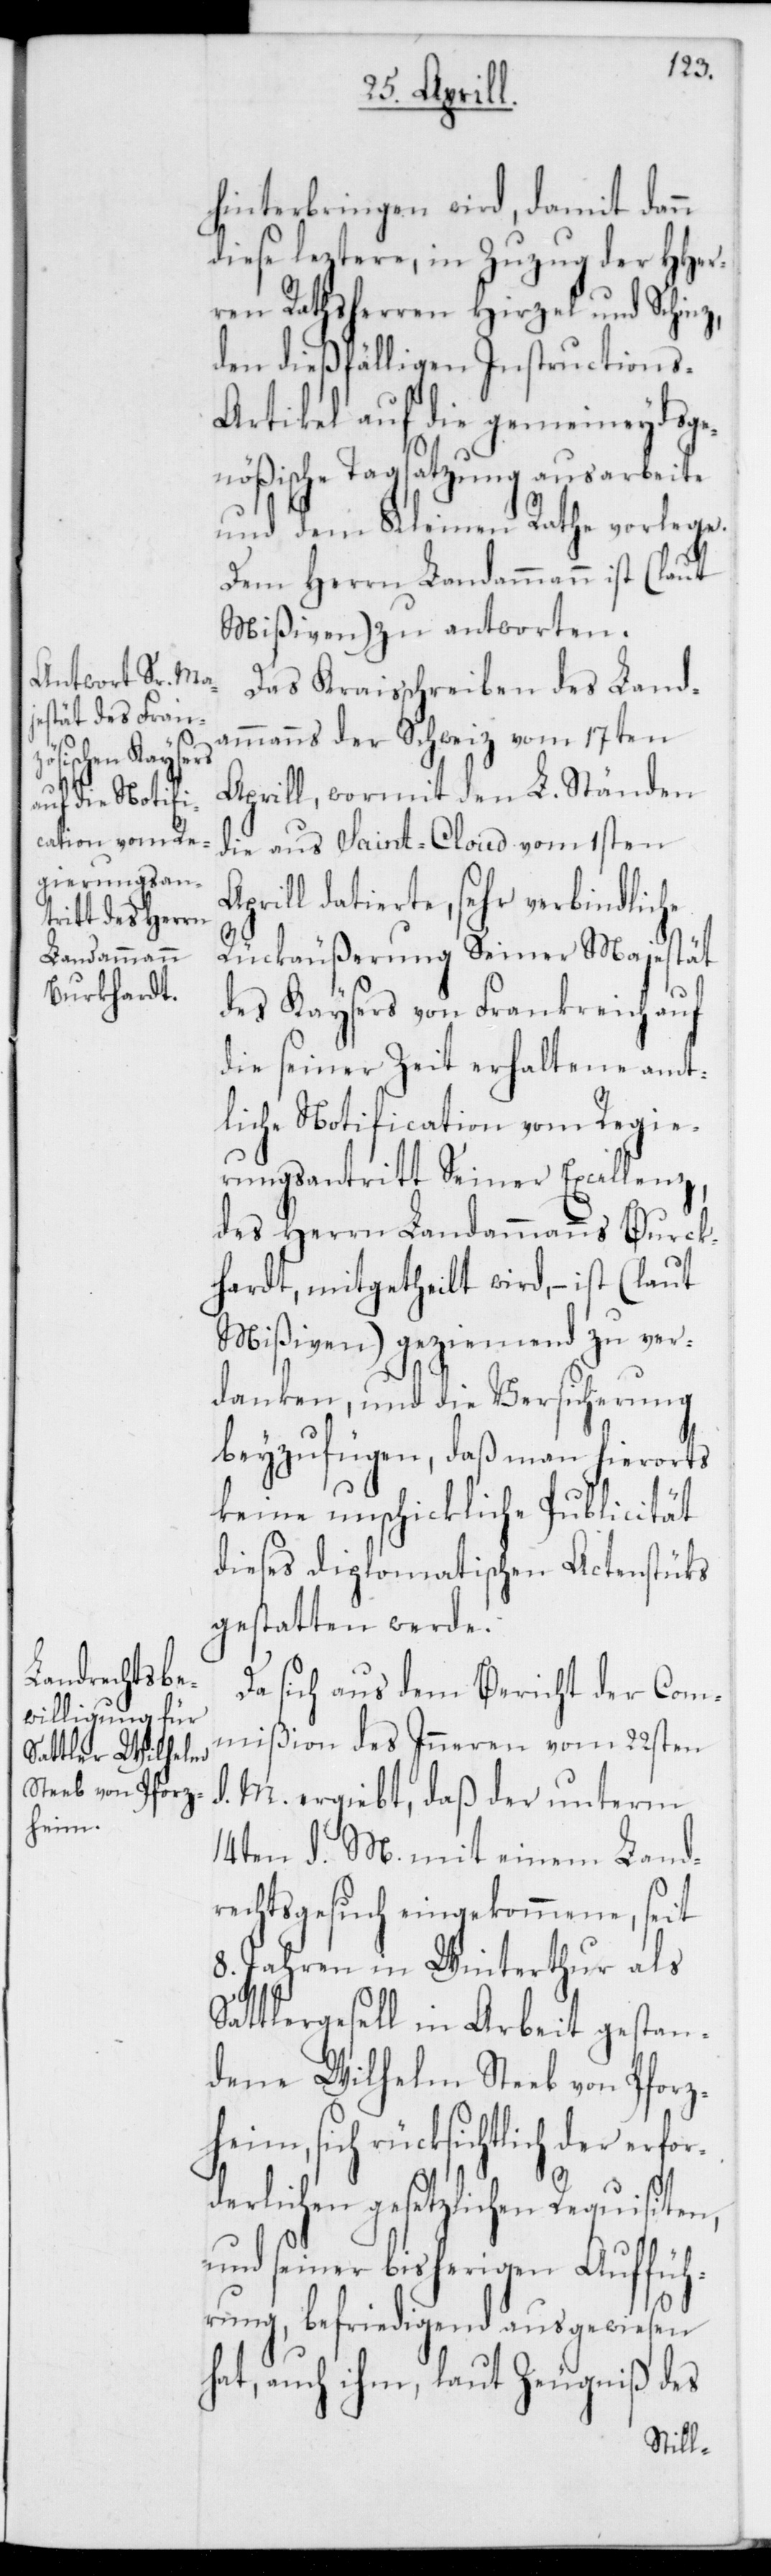
hinterbringen wird, damit dann
diese leztere, in Zuzug der HHer¬
ren Rathsherren Hirzel und Schinz,
den dießfälligen Instructions-A¬
rtikel auf die gemeineydsge¬
nößische Tagsatzung ausarbeite
und dem Kleinen Rathe vorlege.
Dem Herrn Landammann ist (laut
Mißiven) zu antworten.
Das Kreisschreiben des Land¬
ammanns der Schweiz vom 17ten
Aprill, wormit den L. Ständen
die aus Saint-Cloud vom 1sten
Aprill datierte, sehr verbindliche
Rückäußerung Seiner Majestät
des Kaysers von Frankreich auf
die seiner Zeit erhaltene amt¬
liche Notification vom Regie¬
rungsantritt Seiner Excellenz,
des Herrn Landammanns Burck¬
hardt, mitgetheilt wird, – ist (laut
Mißiven) geziemend zu ver¬
danken, und die Versicherung
beyzufügen, daß man hierorts
keine unschickliche Publicität
dieses diplomatischen Actenstücks
gestatten werde.
Da sich aus dem Bericht der Com¬
mißion des Inneren vom 22sten
d. M. ergibt, daß der unterm
14ten d. M. mit einem Land¬
rechtsgesuch eingekommene, seit
8. Jahren in Winterthur als
Sattlergesell in Arbeit gestan¬
dene Wilhelm Steel von Pforz¬
heim, sich rücksichtlich der erfo¬
rderlichen gesetzlichen Requisiten
und seiner bisherigen Auffüh¬
rung, befriedigend ausgewiesen
hat, auch ihm, laut Zeugniß des